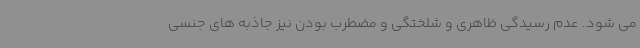
می شود. عدم رسیدگی ظاهری و شلختگی و مضطرب بودن نیز جاذبه های جنسی